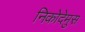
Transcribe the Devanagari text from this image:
निकोदेमुस